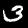
Label: 3